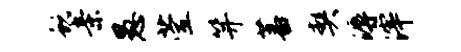
蜕亲愚萱笄蕃契溽滓